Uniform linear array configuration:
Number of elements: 12
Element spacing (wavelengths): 0.75
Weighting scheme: hamming
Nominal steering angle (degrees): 45
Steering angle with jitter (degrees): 44.422
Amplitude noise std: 0.05
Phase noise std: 0.05

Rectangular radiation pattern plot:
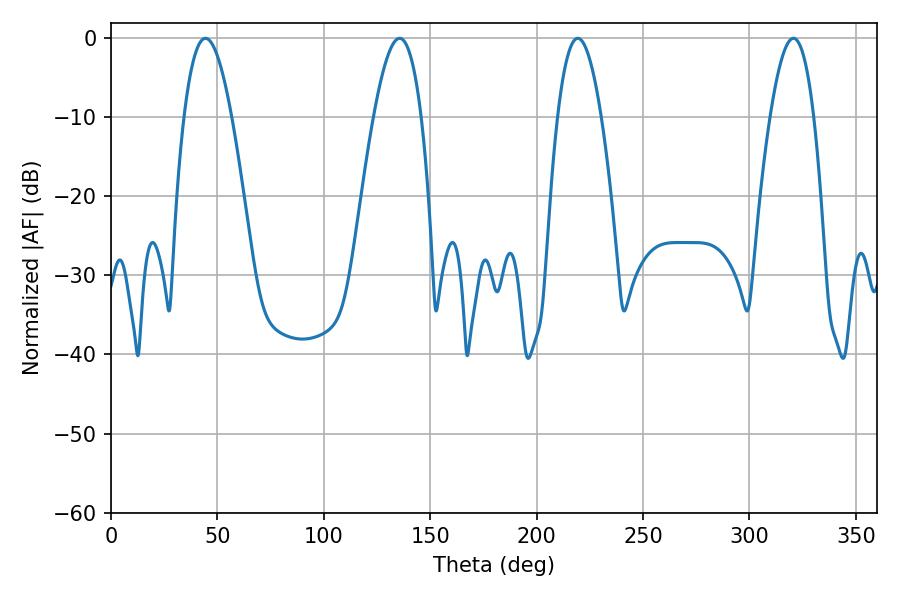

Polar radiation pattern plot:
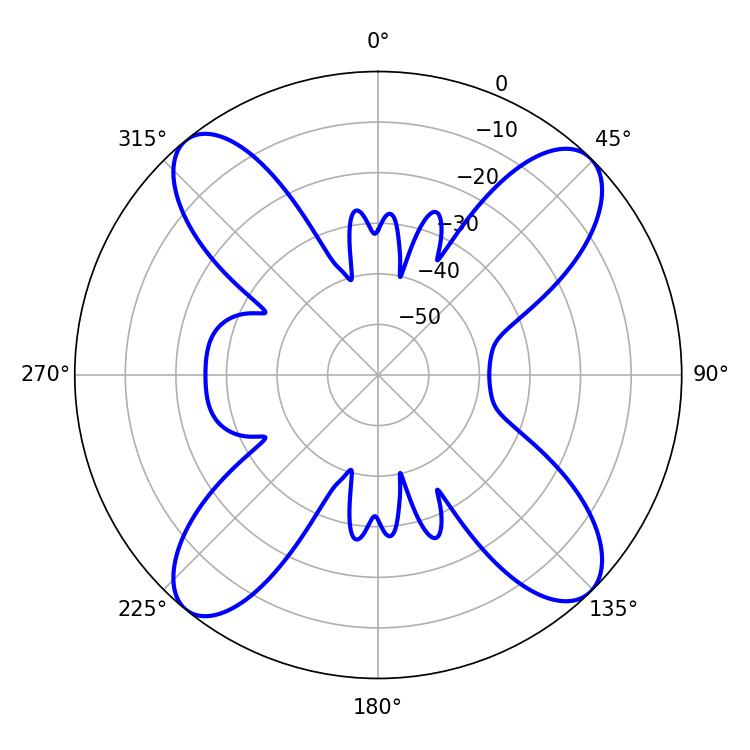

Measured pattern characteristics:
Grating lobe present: TRUE
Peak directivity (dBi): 15.718
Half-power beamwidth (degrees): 12.24
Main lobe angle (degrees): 44.46